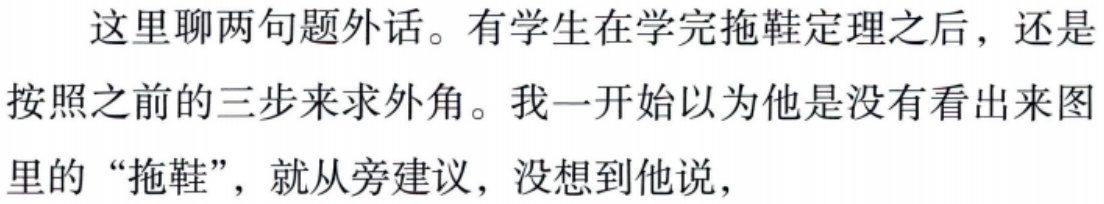
这里聊两句题外话。有学生在学完拖鞋定理之后，还是
按照之前的三步来求外角。我一开始以为他是没有看出来图
里的 “拖鞋”，就从旁建议，没想到他说，